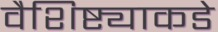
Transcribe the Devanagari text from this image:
वैशिष्ट्याकडे